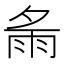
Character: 𩁼